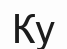
Ку